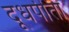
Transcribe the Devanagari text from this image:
दूधपीता